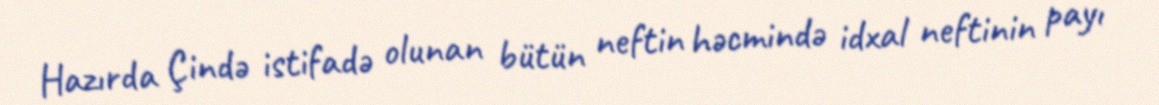
Hazırda Çində istifadə olunan bütün neftin həcmində idxal neftinin payı